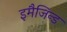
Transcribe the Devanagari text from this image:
इमैजिन्ड